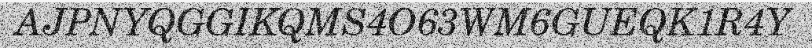
AJPNYQGGIKQMS4O63WM6GUEQK1R4Y